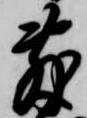
敷